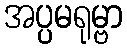
အပ္ပမရုမ္ဗာ